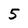
Character: 5